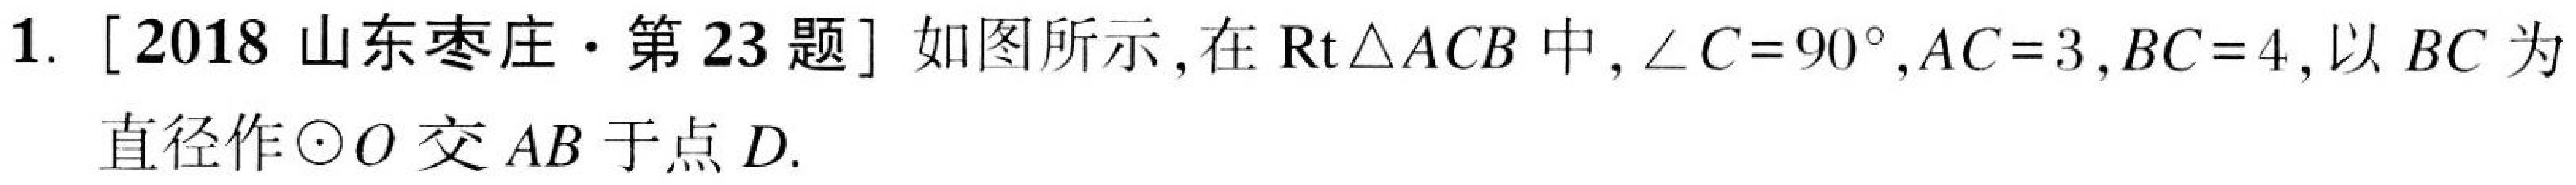
1. [2018山东枣庄·第23题] 如图所示，在\(\text{Rt}\triangle ACB\)中，\(\angle C = 90^{\circ}\)，\(AC = 3\)，\(BC = 4\)，以\(BC\)为
直径作\(\odot O\)交\(AB\)于点\(D\).